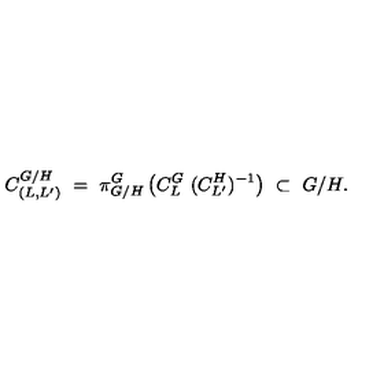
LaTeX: C _ { ( L , L ^ { \prime } ) } ^ { G / H } \ = \ \pi _ { G / H } ^ { G } \left( C _ { L } ^ { G } \ ( C _ { L ^ { \prime } } ^ { H } ) ^ { - 1 } \right) \ \subset \ G / H .